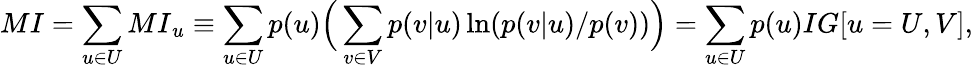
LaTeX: {MI}=\sum_{u\in U}{MI}_{u}\equiv\sum_{u\in U}p(u)\Big(\sum_{v\in V}p(v|u)\ln(p(v|u)/p(v))\Big)=\sum_{u\in U}p(u){IG}[u=U,V],